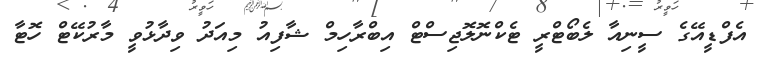
އެފްޑީއޭގެ ސީނިއާ ލެބޯޓްރީ ޓެކްނޮލޮޖިސްޓް އިބްރާހިމް ޝާފިއު މިއަދު ވިދާޅުވީ މާރުކޭޓް ހޮޓާ